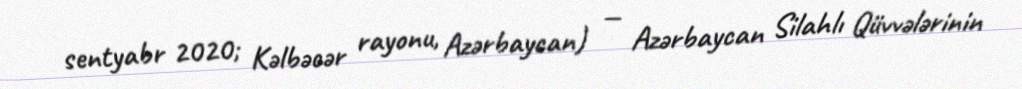
sentyabr 2020; Kəlbəcər rayonu, Azərbaycan) — Azərbaycan Silahlı Qüvvələrinin